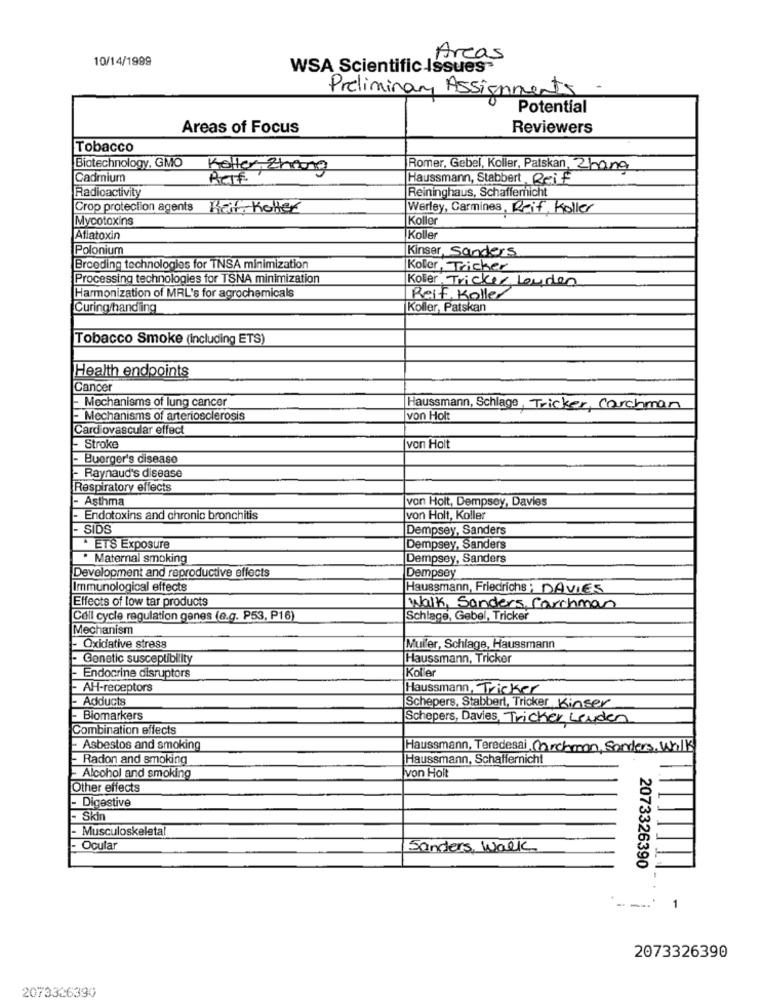
10/14/1999
Areas
WSA Scientific Issues-
Preliminary Assignments
Potential
Areas of Focus
Reviewers
Tobacco
Biotechnology, GMO
Koller, Zhang
Romer, Gebel, Koller, Patskan, Zhang
Cadmium
Ref
Haussmann, Stabbert Reif
Radioactivity
Reininghaus, Schaffernicht
Crop protection agents Kar, Kotler
Werley, Carmines, Reif, Koller
Mycotoxins
Koller
Aflatoxin
Koller
Polonium
Kinser Sanders
Breeding technologies for TNSA minimization
Koller, Tricker
Processing technologies for TSNA minimization
Koller Tricker Louden
Harmonization of MRL's for agrochemicals
Reif Koller
Curing/handling
Koller, Patskan
Tobacco Smoke (Including ETS)
Health endpoints
Cancer
- Mechanisms of lung cancer
Haussmann, Schlage, Tricker, Carchman
- Mechanisms of arteriosclerosis
von Holt
Cardiovascular effect
- Stroke
von Holt
- Buerger's disease
- Raynaud's disease
Respiratory effects
- Asthma
von Holt, Dempsey, Davies
- Endotoxins and chronic bronchitis
von Holt, Koller
- SIDS
Dempsey, Sanders
· ETS Exposure
Dempsey, Sanders
Maternal smoking
Dempsey, Sanders
Development and reproductive effects
Dempsey
Immunological effects
Haussmann, Friedrichs ; DAVIES
Effects of low tar products
Walk, Sanders, Carchman
Cell cycle regulation genes (e.g. P53, P16)
Schlage, Gebel, Tricker
Mechanism
- Oxidative stress
Muller, Schlage, Haussmann
- Genetic susceptibility
Haussmann, Tricker
Koller
- Endocrine disruptors
- AH-receptors
Haussmann, Tricker
- Adducts
Schepers, Stabbert, Tricker Kinser
- Biomarkers
Schepers, Davies, Tricker Leyden
Combination effects
- Asbestos and smoking
Haussmann, Teredesai Chrchman, Sanders,Walk
- Radon and smoking
Haussmann, Schaffernicht
von Holt
- Alcohol and smoking
Other effects
- Digestive
Skin
Musculoskeletal
- Ocular
Sanders, Walk
2073326390
---
1
2073326390
2073326390